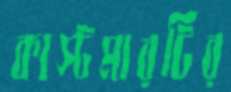
কাস্টমারটির